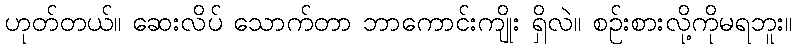
ဟုတ်တယ်။ ဆေးလိပ် သောက်တာ ဘာကောင်းကျိုး ရှိလဲ။ စဉ်းစားလို့ကိုမရဘူး။